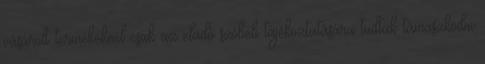
vásárolt termékeknél csak az eladó szóbeli tájékoztatására tudtak támaszkodni